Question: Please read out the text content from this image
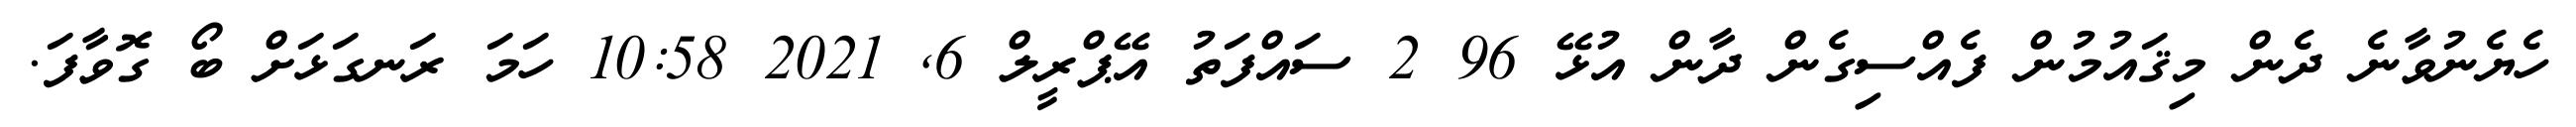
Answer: ހެޔެނުވާނެ ދެން މިޤައުމުން ފެއްސިގެން ދާން އުޅޭ 96 2 ސައްފަތު އޭޕްރީލް 6, 2021 10:58 ހަމަ ރަނގަޅަށް ބޯ ގޮވާފަ.